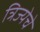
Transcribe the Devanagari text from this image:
त्रिज्येचे